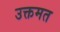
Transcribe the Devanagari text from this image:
उक्तमत